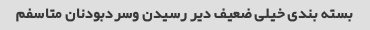
بسته بندی خیلی ضعیف دیر رسیدن وسردبودنان متاسفم